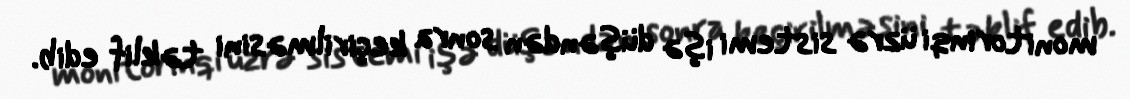
monitorinqi üzrə sistemi işə düşəndən sonra keçirilməsini təklif edib.